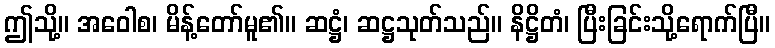
ဤသို့။ အဝေါစ၊ မိန့်တော်မူ၏။ ဆဋ္ဌံ၊ ဆဋ္ဌသုတ်သည်။ နိဋ္ဌိတံ၊ ပြီးခြင်းသို့ရောက်ပြီ။